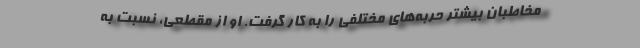
مخاطبان بیشتر حربه‌های مختلفی را به کار گرفت. او از مقطعی، نسبت به